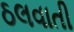
ઠલવાતી